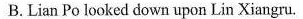
B.Lian Po looked down upon Lin Xiangru.